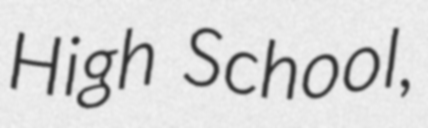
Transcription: High School,